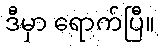
ဒီမှာ ရောက်ပြီ။